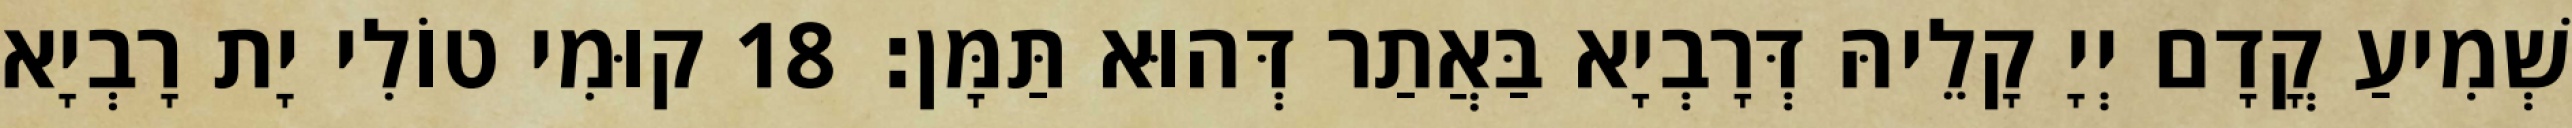
שְׁמִיעַ קֳדָם יְיָ קָלֵיהּ דְּרָבְיָא בַּאֲתַר דְּהוּא תַּמָּן׃ 18 קוּמִי טוֹלִי יָת רָבְיָא